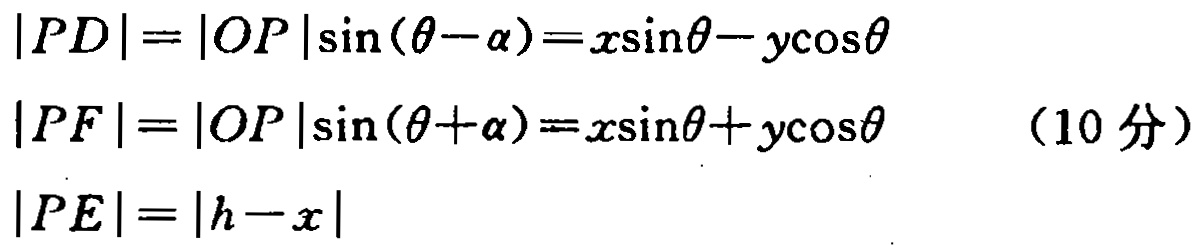
\[
\begin{align*}
|PD|&=|OP|\sin(\theta - \alpha)=x\sin\theta - y\cos\theta\\
|PF|&=|OP|\sin(\theta + \alpha)=x\sin\theta + y\cos\theta\quad(10\text{ 分})\\
|PE|&=|h - x|
\end{align*}
\]